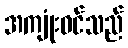
အကျုံးဝင်သည်